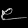
Digit: ၉